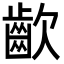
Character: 𮯀